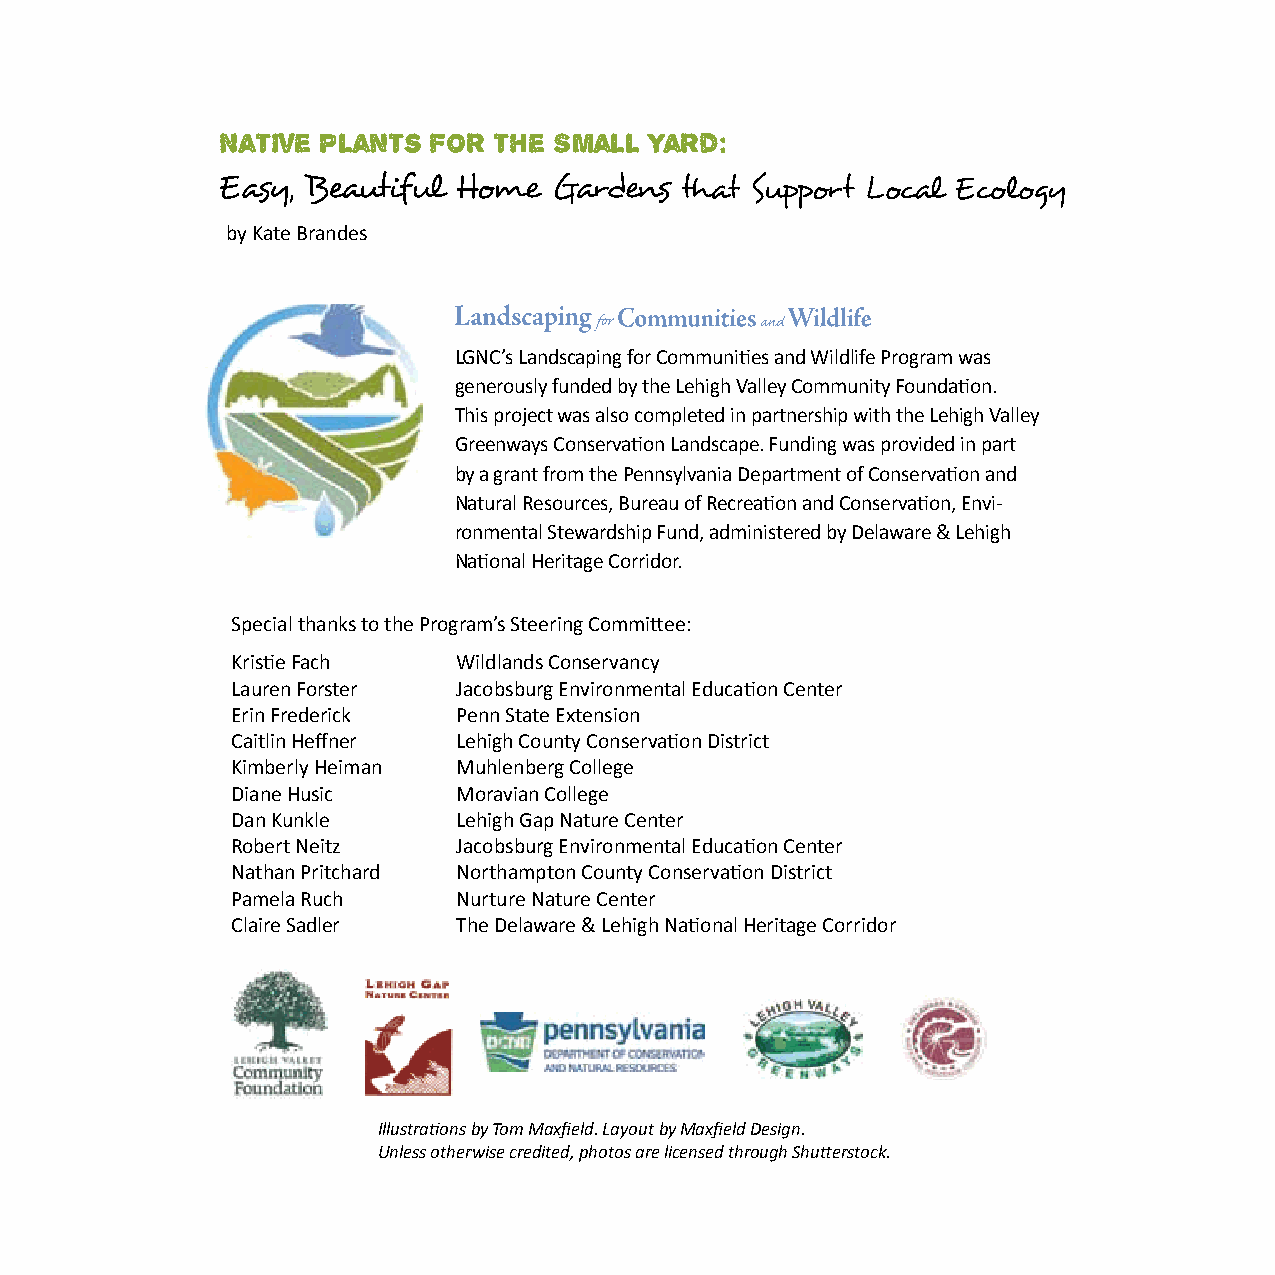
Native Plants for the Small Yard:
 by Kate Brandes
 LGNC’s Landscaping for Communities and Wildlife Program was
 generously funded by the Lehigh Valley Community Foundation.
 This project was also completed in partnership with the Lehigh Valley
 Greenways Conservation Landscape. Funding was provided in part
 by a grant from the Pennsylvania Department of Conservation and
 Natural Resources, Bureau of Recreation and Conservation, Envi-
 ronmental Stewardship Fund, administered by Delaware & Lehigh
 National Heritage Corridor.
 Special thanks to the Program’s Steering Committee:
 Kristie Fach   Wildlands Conservancy
 Lauren Forster Jacobsburg Environmental Education Center
 Erin Frederick Penn State Extension
 Caitlin Heffner Lehigh County Conservation District
 Kimberly Heiman Muhlenberg College
 Diane Husic    Moravian College
 Dan Kunkle     Lehigh Gap Nature Center
 Robert Neitz   Jacobsburg Environmental Education Center
 Nathan Pritchard Northampton County Conservation District
 Pamela Ruch    Nurture Nature Center
 Claire Sadler  The Delaware & Lehigh National Heritage Corridor
 Illustrations by Tom Maxfield. Layout by Maxfield Design.
 Unless otherwise credited, photos are licensed through Shutterstock.